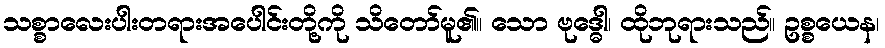
သစ္စာလေးပါးတရားအပေါင်းတို့ကို သိတော်မူ၏။ သော ဗုဒ္ဓေါ၊ ထိုဘုရားသည်။ ဥစ္စယေန၊